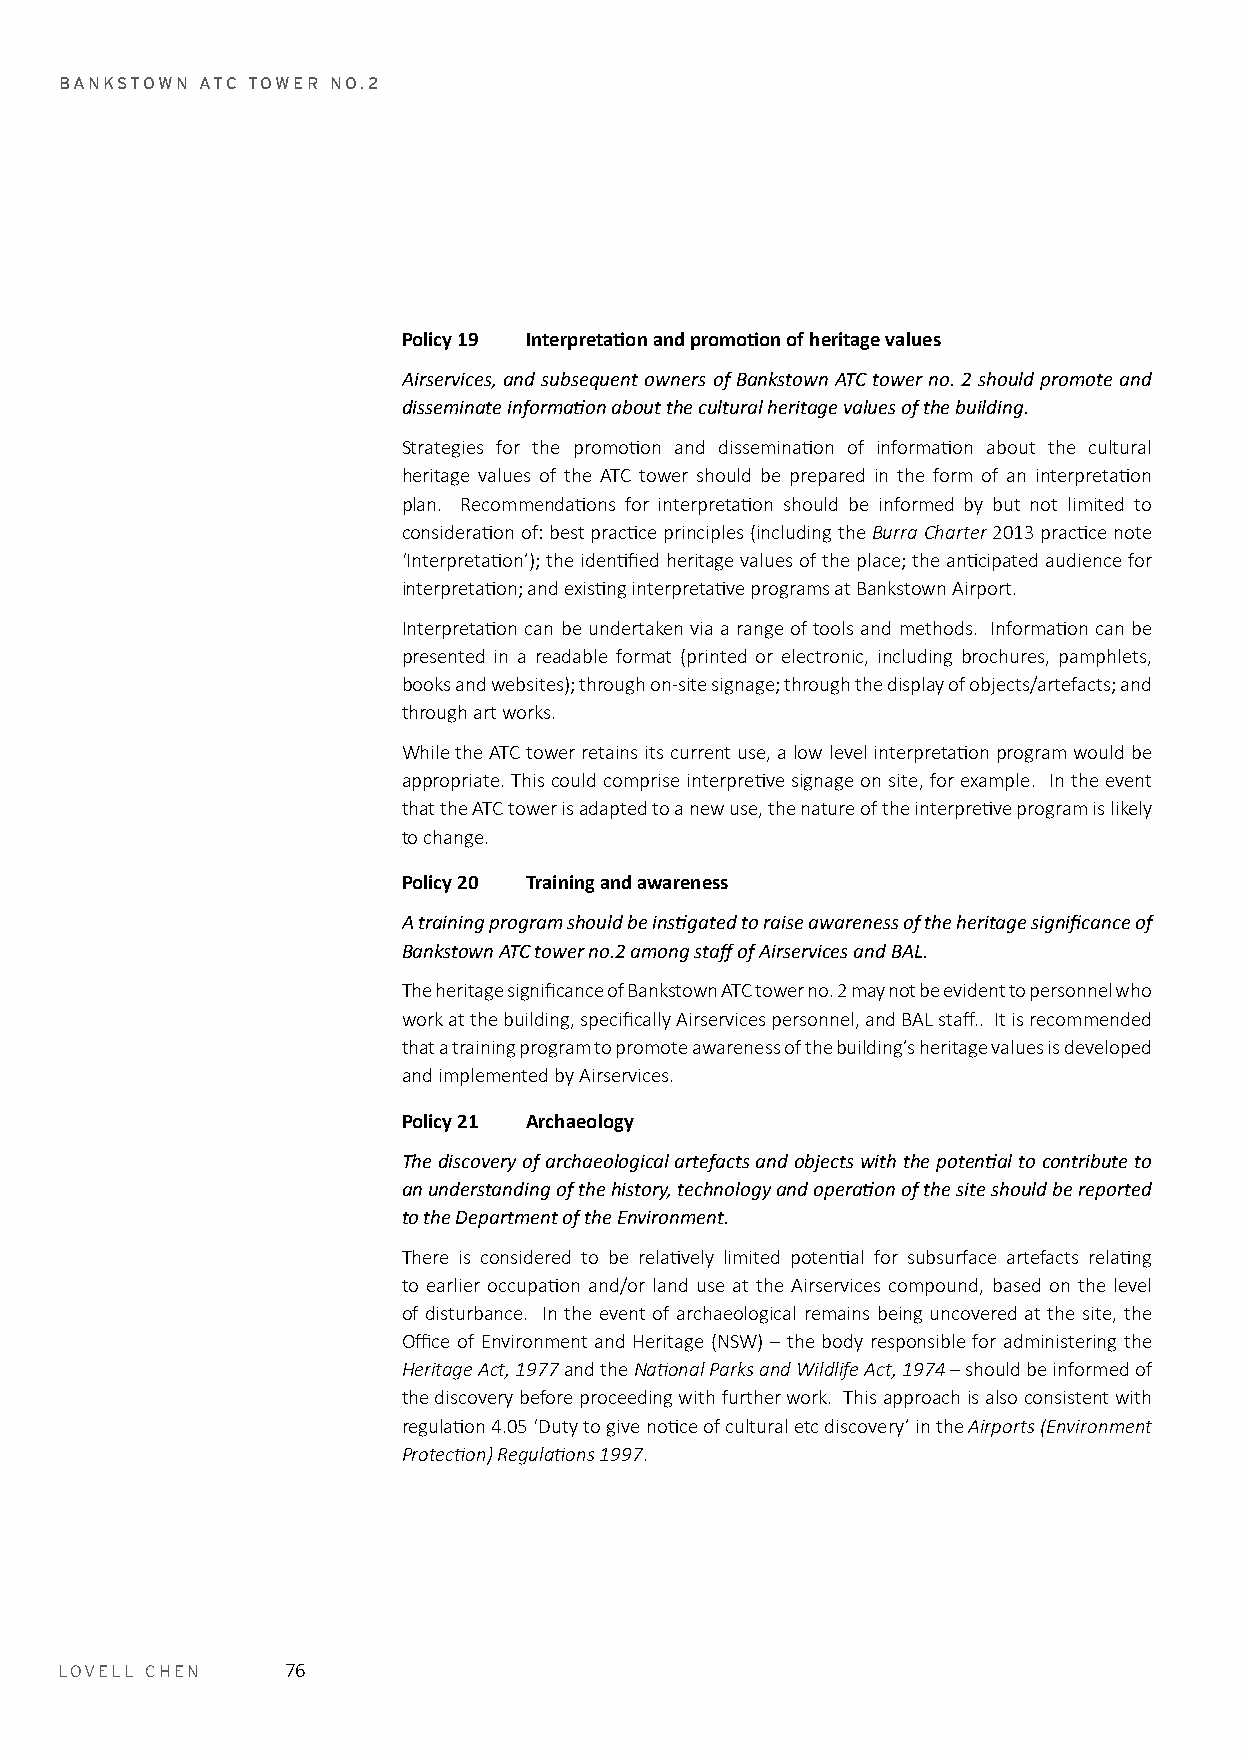
BANKSTOWN ATC TOWER NO.2
 Policy 19 Interpretation and promotion of heritage values
 Airservices, and subsequent owners of Bankstown ATC tower no. 2 should promote and
 disseminate information about the cultural heritage values of the building.
 Strategies for the promotion and dissemination of information about the cultural
 heritage values of the ATC tower should be prepared in the form of an interpretation
 plan. Recommendations for interpretation should be informed by but not limited to
 consideration of: best practice principles (including the Burra Charter 2013 practice note
 ‘Interpretation’); the identified heritage values of the place; the anticipated audience for
 interpretation; and existing interpretative programs at Bankstown Airport.
 Interpretation can be undertaken via a range of tools and methods. Information can be
 presented in a readable format (printed or electronic, including brochures, pamphlets,
 books and websites); through on-site signage; through the display of objects/artefacts; and
 through art works.
 While the ATC tower retains its current use, a low level interpretation program would be
 appropriate. This could comprise interpretive signage on site, for example. In the event
 that the ATC tower is adapted to a new use, the nature of the interpretive program is likely
 to change.
 Policy 20 Training and awareness
 A training program should be instigated to raise awareness of the heritage significance of
 Bankstown ATC tower no.2 among staff of Airservices and BAL.
 The heritage significance of Bankstown ATC tower no. 2 may not be evident to personnel who
 work at the building, specifically Airservices personnel, and BAL staff.. It is recommended
 that a training program to promote awareness of the building’s heritage values is developed
 and implemented by Airservices.
 Policy 21 Archaeology
 The discovery of archaeological artefacts and objects with the potential to contribute to
 an understanding of the history, technology and operation of the site should be reported
 to the Department of the Environment.
 There is considered to be relatively limited potential for subsurface artefacts relating
 to earlier occupation and/or land use at the Airservices compound, based on the level
 of disturbance. In the event of archaeological remains being uncovered at the site, the
 Office of Environment and Heritage (NSW) – the body responsible for administering the
 Heritage Act, 1977 and the National Parks and Wildlife Act, 1974 – should be informed of
 the discovery before proceeding with further work. This approach is also consistent with
 regulation 4.05 ‘Duty to give notice of cultural etc discovery’ in the Airports (Environment
 Protection) Regulations 1997.
 LOVELL CHEN    76